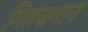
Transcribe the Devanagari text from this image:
मित्रसमान